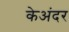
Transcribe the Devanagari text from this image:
केअंदर